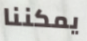
يمكننا